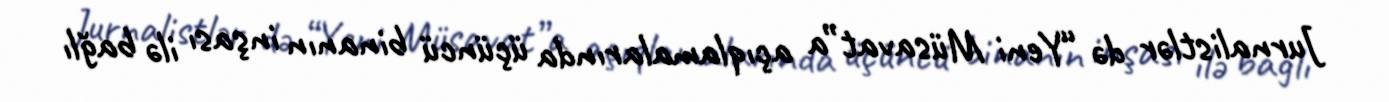
Jurnalistlər də “Yeni Müsavat”a açıqlamalarında üçüncü binanın inşası ilə bağlı